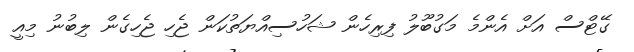
ގޭޓްސް އަށް އެންމެ މަގުބޫލު ފިރިހެން ޝަހުސިއްޔަތުކަން ޖެހި ޖެހިގެން ލިބުނު މިއީ